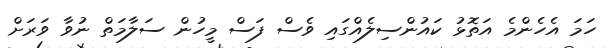
ހަމަ އެހެންމެ އަތޮޅު ކައުންސިލެއްގައި ވެސް ފަސް މީހުން ސަލާމަތް ނުވާ ވަރަށް